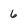
Character: 6